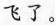
飞了。